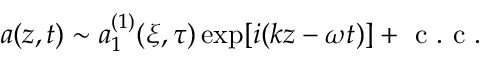
a ( z , t ) \sim a _ { 1 } ^ { ( 1 ) } ( \xi , \tau ) \exp [ i ( k z - \omega t ) ] + \mathrm { ~ c ~ . ~ c ~ . ~ }